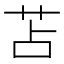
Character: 苫